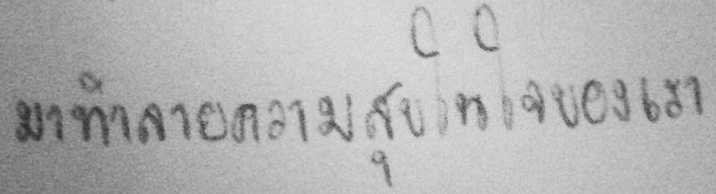
มาทำลายความสุขในใจของเรา